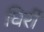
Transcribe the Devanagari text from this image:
घिर्री